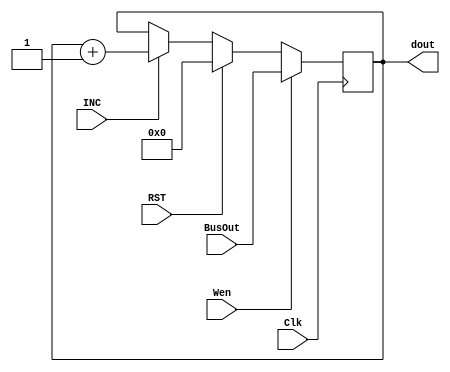
module check_reg(Wen, BusOut, Clk, RST, INC, dout);
  input Wen, Clk, RST, INC;
  input[3:0] BusOut;
  output reg [3:0] dout = 4'd0;
  always @(posedge Clk)
    begin
        if      (Wen) dout <= BusOut;
        else if (RST) dout <= 4'd0;
        else if (INC) dout <= dout+1;
        else            dout <= dout;
      
    end
endmodule